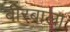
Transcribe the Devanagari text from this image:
बीरबाला